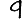
Digit: 9